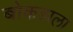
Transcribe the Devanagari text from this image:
बोकडाला